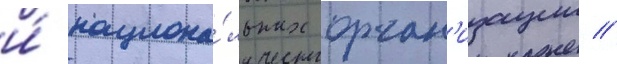
и́ национа́льных орган'изации //